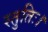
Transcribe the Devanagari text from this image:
स्तुतिः।